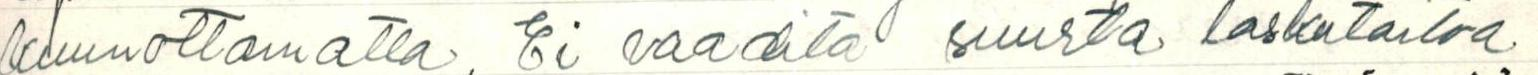
kuunottamatta. Ei vaadita suurta laskutaitoa